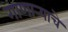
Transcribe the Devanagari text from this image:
गाणार्‍याचे